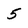
Character: 5